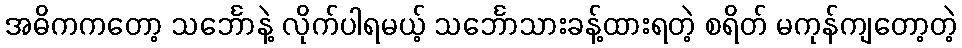
အဓိကကတော့ သင်္ဘောနဲ့ လိုက်ပါရမယ့် သင်္ဘောသားခန့်ထားရတဲ့ စရိတ် မကုန်ကျတော့တဲ့